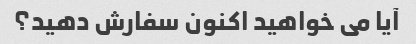
آیا می خواهید اکنون سفارش دهید؟